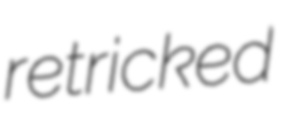
retricked